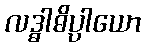
လဒ္ဓါဓိပ္ပါယော